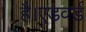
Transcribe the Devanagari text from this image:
है।एडवर्ड